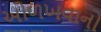
ઓળખવાનો